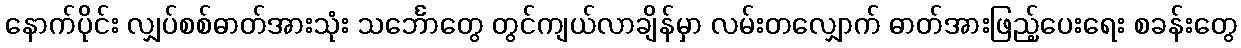
နောက်ပိုင်း လျှပ်စစ်ဓာတ်အားသုံး သင်္ဘောတွေ တွင်ကျယ်လာချိန်မှာ လမ်းတလျှောက် ဓာတ်အားဖြည့်ပေးရေး စခန်းတွေ